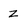
Character: Z